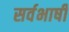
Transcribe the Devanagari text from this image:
सर्वभाषी